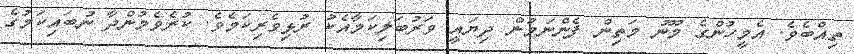
ތިއްބެވެ. އެމީހުންގެ މޫނު މަތިން ފެންނަމުން ދިޔައީ ވަރުބަލިކަމާއެކު ރުޅިވެރިކަމެވެ. ކުރެވެމުންދާ ނުބައިކަމުގެ